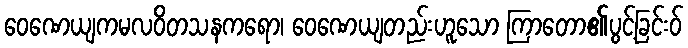
ဝေဏေယျကမလဝိတသနကရော၊ ဝေဏေယျတည်းဟူသော ကြာတော၏ပွင့်ခြင်းဝ်